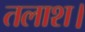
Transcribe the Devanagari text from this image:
तलाश।